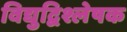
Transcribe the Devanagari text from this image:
विद्युद्विश्लेषक